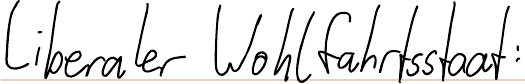
liberaler Wohlfahrtsstaat: